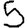
Digit: 5